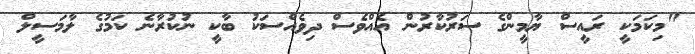
"މިކަމަކީ ރައީސް ޔާމީންގެ ސަރުކާރުން އެއްވެސް ދިވެއްސަކު ބާކީ ނުކުރާނެ ކަމުގެ ލާމަސީލް